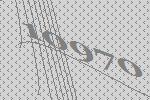
10970